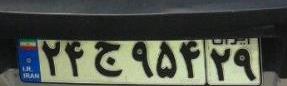
۲۴ج۹۵۴۲۹